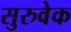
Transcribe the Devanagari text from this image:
सुरुवेक